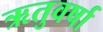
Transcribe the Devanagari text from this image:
ऋतुवर्षा